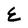
Character: E